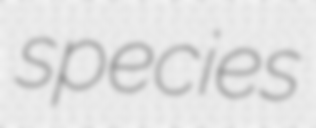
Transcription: species